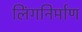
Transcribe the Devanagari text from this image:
लिंगनिर्माण